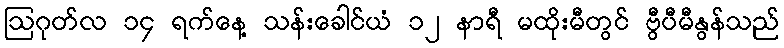
ဩဂုတ်လ ၁၄ ရက်နေ့ သန်းခေါင်ယံ ၁၂ နာရီ မထိုးမီတွင် ဗွီပီမီနွန်သည်